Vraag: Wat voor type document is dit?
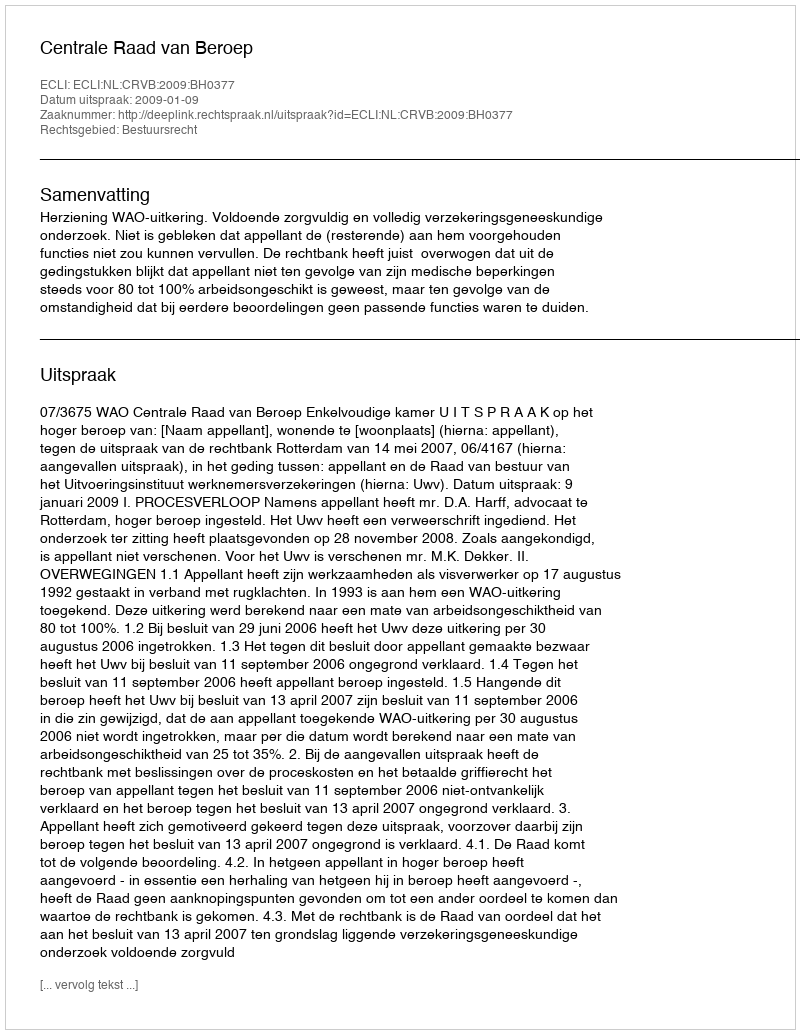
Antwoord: Uitspraak